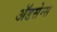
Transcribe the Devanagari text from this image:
ॲडसेन्स